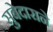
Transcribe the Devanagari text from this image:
सुबेदाराने